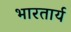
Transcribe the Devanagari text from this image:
भारतार्य